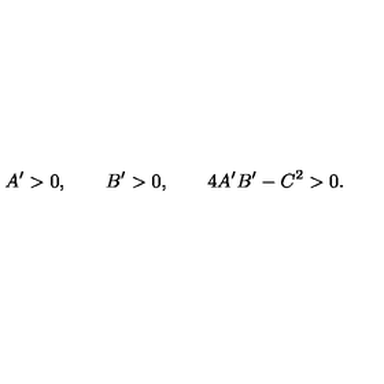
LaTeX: A ^ { \prime } > 0 , \qquad B ^ { \prime } > 0 , \qquad 4 A ^ { \prime } B ^ { \prime } - C ^ { 2 } > 0 .